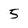
Character: 5